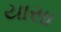
યાસા